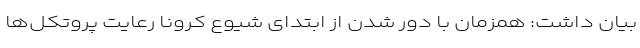
بیان داشت: همزمان با دور شدن از ابتدای شیوع کرونا رعایت پروتکل‌ها